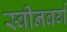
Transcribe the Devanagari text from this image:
स्वीनबर्ग